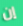
إن